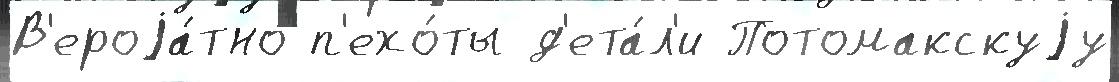
В'ероjа́тно п'ехо́ты д'ета́л'и Потомакскуjу